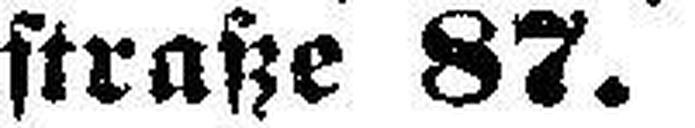
straße 87.